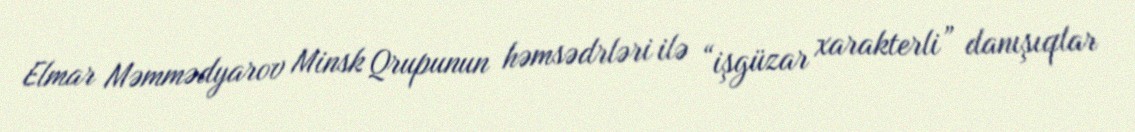
Elmar Məmmədyarov Minsk Qrupunun həmsədrləri ilə “işgüzar xarakterli” danışıqlar